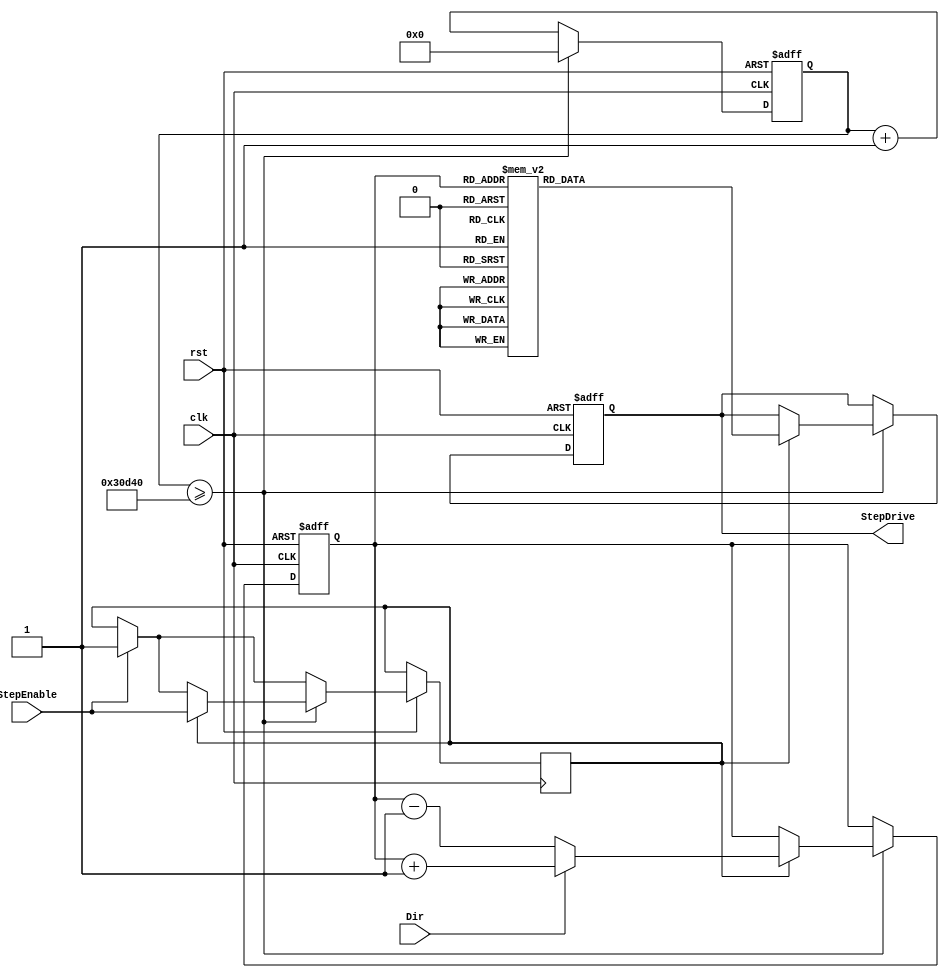
//--------------------------------------------------------------------------------------------------
//12


//-------------------------------------------------------------------------------------------------



module step_moto (StepDrive, clk, Dir, StepEnable, rst);

     

     input clk; 

     input Dir; 

     input StepEnable; 

     input rst; 

   

     output[3:0] StepDrive; 

     

     reg[3:0] StepDrive;

     reg[2:0] state; 

     reg[31:0] StepCounter = 32'b0; 

     parameter[31:0] StepLockOut = 32'd200000;             //250HZ

     reg InternalStepEnable; 



     always @(posedge clk or negedge rst)

     begin 

         if ( !rst)    

         begin 

             StepDrive      <= 4'b0;

             state    <= 3'b0;

             StepCounter <= 32'b0;

            end



         else  

         begin

             if (StepEnable == 1'b1)    InternalStepEnable <= 1'b1 ; 

             

             StepCounter <= StepCounter + 31'b1 ; 

             if (StepCounter >= StepLockOut)

             begin

                 StepCounter <= 32'b0 ; 

             

                 if (InternalStepEnable == 1'b1)

                 begin

                     InternalStepEnable <= StepEnable ; 

                     if (Dir == 1'b1)           state <= state + 3'b001 ; 

                     else if (Dir == 1'b0)       state <= state - 3'b001 ; 

                     case (state)

                         3'b000 :    StepDrive <= 4'b0001 ; 

                         3'b001 :    StepDrive <= 4'b0011 ; 

                         3'b010 :    StepDrive <= 4'b0010 ; 

                         3'b011 :    StepDrive <= 4'b0110 ; 

                         3'b100 :    StepDrive <= 4'b0100 ; 

                         3'b101 :    StepDrive <= 4'b1100 ; 

                         3'b110 :    StepDrive <= 4'b1000 ; 

                         3'b111 :    StepDrive <= 4'b1001 ;  

                     endcase 

                 end 

             end 

         end     

     end

endmodule